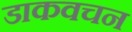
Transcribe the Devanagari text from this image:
डाकवचन